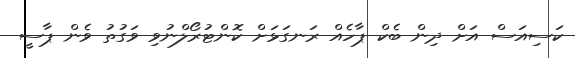
ކަސިއަސް އަށް ދިން ބެކް ޕާހެއް ރަނގަޅަށް ކޮންޓުރޯލްނުވި ވަގުތު ވެން ޕާސީ